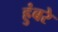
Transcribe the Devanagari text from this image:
हुंबरे